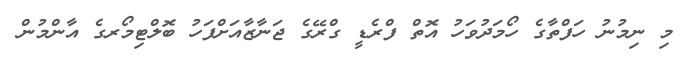
މި ނިމުނު ހަފްތާގެ ހޯމަދުވަހު އޮތް ފްރެޑީ ގްރޭގެ ޖަނާޒާއަށްފަހު ބޮލްޓިމޯރގެ އާންމުން